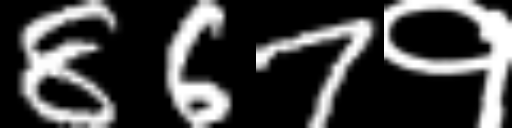
Text: 867१